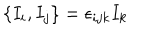
\left\{ I _ { i } , I _ { j } \right\} = \epsilon _ { i j k } I _ { k }